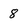
Character: 8